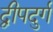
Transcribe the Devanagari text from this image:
द्वीपदुर्ग